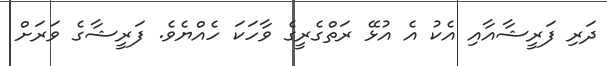
ދަރި ފަރީޝާއާއި އެކު އެ އުޅޭ ރަތްގެރީގެ ވާހަކަ ހެއްޔެވެ. ފަރީޝާގެ ވަރަށް